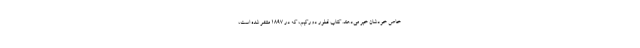
خاص خودشان خبر می‌دهند. کتاب قطور دورکیم، که در ۱۸۹۷ منتشر شده است،